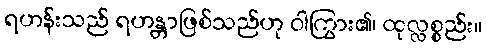
ရဟန်းသည် ရဟန္တာဖြစ်သည်ဟု ဝါကြွား၏၊ ထုလ္လစ္စည်း။